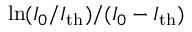
\ln ( I _ { 0 } / I _ { \mathrm { t h } } ) / ( I _ { 0 } - I _ { \mathrm { t h } } )